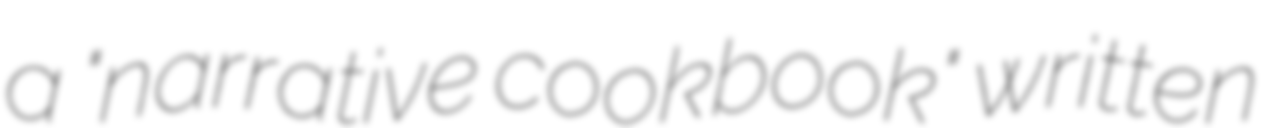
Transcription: a "narrative cookbook" written